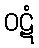
ဝဋံ